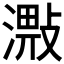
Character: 𣽠